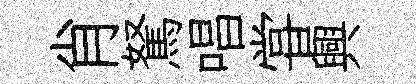
肖駑唱甞興